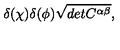
\delta ( \chi ) \delta ( \phi ) \sqrt { d e t C ^ { \alpha \beta } } ,